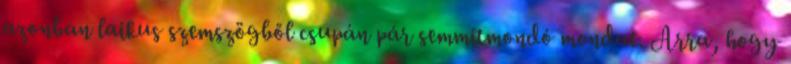
azonban laikus szemszögből csupán pár semmitmondó mondat. Arra, hogy